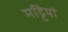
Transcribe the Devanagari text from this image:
मट्टियां